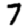
Digit: 7